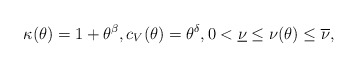
\begin{align*} \kappa(\theta) = 1 + \theta^{\beta}, c_V(\theta) = \theta^{\delta}, 0 < \underline{\nu} \le \nu(\theta) \le \overline{\nu},\end{align*}